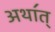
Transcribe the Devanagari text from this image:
अथा॔त्